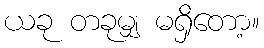
ယခု တခုမျှ မရှိတော့။